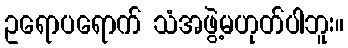
ဥရောပရောက် သံအဖွဲ့မဟုတ်ပါဘူး။